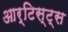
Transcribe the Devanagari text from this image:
आर्टिस्ट्‍स